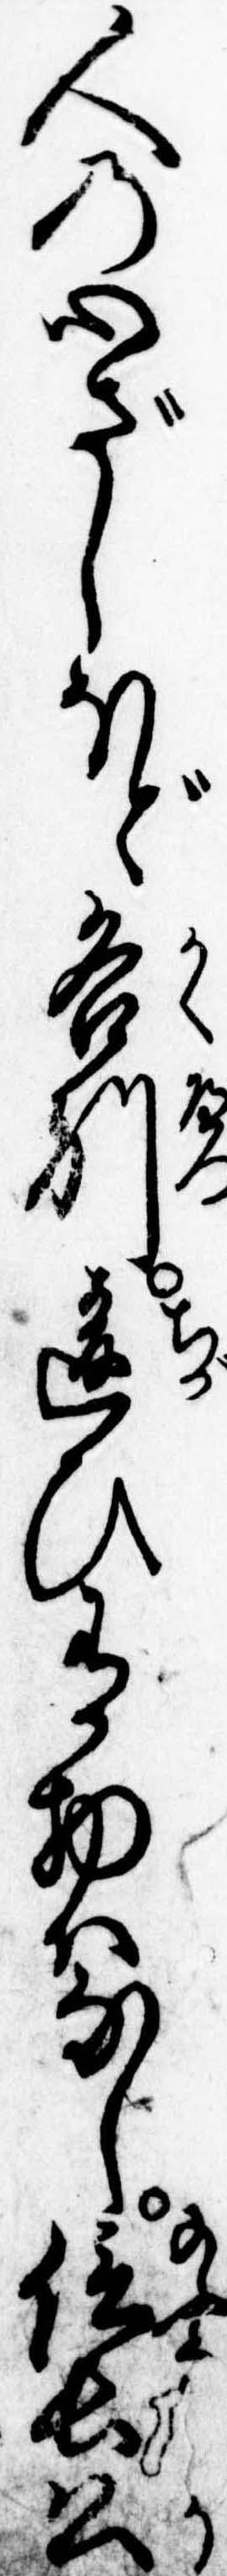
人の心ざしほど各別違ひ有物はなし信長公